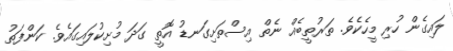
ލައިގެން ހުރި މީހެކެވެ. ތަރުތީބެއް ނެތް އިސްތަށިގަނޑު އޮތީ ގަދަ މުށިކުލައިގައެވެ. ކަންފަތު